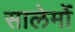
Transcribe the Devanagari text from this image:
सालेर्मो